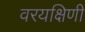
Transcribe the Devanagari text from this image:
वरयक्षिणी